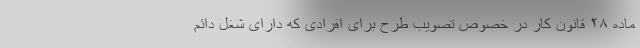
ماده ۲۸ قانون کار در خصوص تصویب طرح برای افرادی که دارای شغل دائم